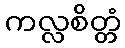
ကလ္လစိတ္တံ